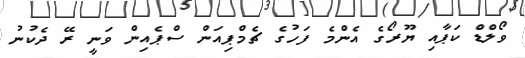
ވޯލްޑް ކަޕާއި ޔޫރޯގެ އެންމެ ފަހުގެ ޗެމްޕިއަން ސްޕެއިން ވަނީ ރޭ ދެކުނު